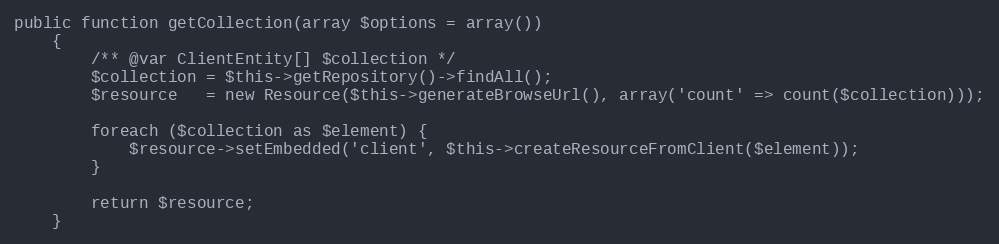
Language: PHP
public function getCollection(array $options = array())
    {
        /** @var ClientEntity[] $collection */
        $collection = $this->getRepository()->findAll();
        $resource   = new Resource($this->generateBrowseUrl(), array('count' => count($collection)));

        foreach ($collection as $element) {
            $resource->setEmbedded('client', $this->createResourceFromClient($element));
        }

        return $resource;
    }